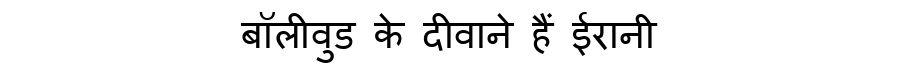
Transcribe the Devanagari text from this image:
बॉलीवुड के दीवाने हैं ईरानी